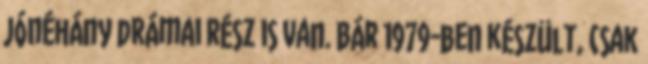
jónéhány drámai rész is van. Bár 1979-ben készült, csak